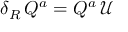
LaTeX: \delta _ { R } \, Q ^ { a } = Q ^ { a } \, \mathcal { U }